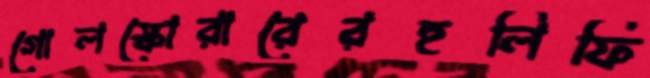
গোলস্কোরারেরহলিফি